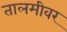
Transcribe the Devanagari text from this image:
तालमीवर